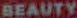
BEAUTY